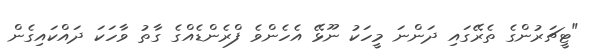
"ޓީޗަރުންގެ ތެރޭގައި ދަންނަ މީހަކު ނޫޅޭ އެހެންވެ ފްރެންޑެއްގެ ގާތު ވާހަކަ ދައްކައިގެން